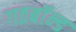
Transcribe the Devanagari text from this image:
गठबॉन्ड